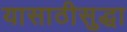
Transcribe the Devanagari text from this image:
यासाठीसुद्धा